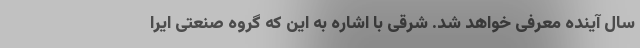
سال آینده معرفی خواهد شد. شرقی با اشاره به این که گروه صنعتی ایرا